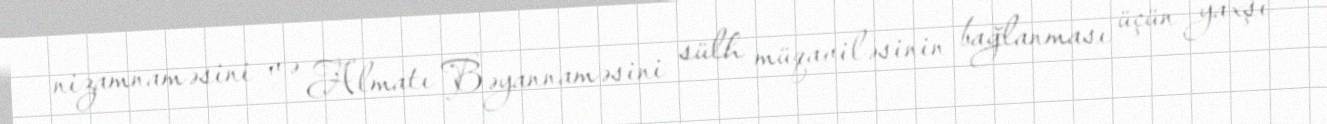
nizamnaməsini və Almatı Bəyannaməsini sülh müqaviləsinin bağlanması üçün yaxşı